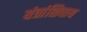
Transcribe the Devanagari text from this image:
यंत्रांशिवाय